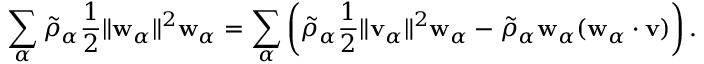
\begin{array} { r } { \displaystyle \sum _ { \alpha } \tilde { \rho } _ { \alpha } \frac { 1 } { 2 } \| \mathbf { w } _ { \alpha } \| ^ { 2 } \mathbf { w } _ { \alpha } = \displaystyle \sum _ { \alpha } \left( \tilde { \rho } _ { \alpha } \frac { 1 } { 2 } \| \mathbf { v } _ { \alpha } \| ^ { 2 } \mathbf { w } _ { \alpha } - \tilde { \rho } _ { \alpha } \mathbf { w } _ { \alpha } ( \mathbf { w } _ { \alpha } \cdot \mathbf { v } ) \right) . } \end{array}